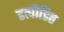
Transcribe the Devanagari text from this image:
डत्पीडित